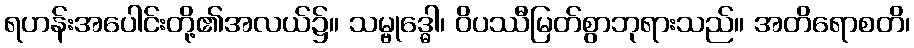
ရဟန်းအပေါင်းတို့၏အလယ်၌။ သမ္ဗုဒ္ဓေါ၊ ဝိပဿီမြတ်စွာဘုရားသည်။ အတိရောစတိ၊